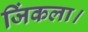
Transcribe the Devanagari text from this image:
जिंकला।